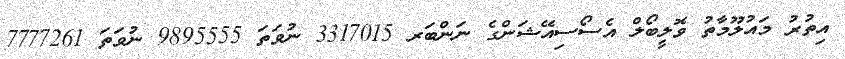
އިތުރު މައުލޫމާތު ވޮލީބޯލް އެސޯސިއޭޝަންގެ ނަންބަރ 3317015 ނުވަތަ 9895555 ނުވަތަ 7777261